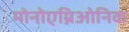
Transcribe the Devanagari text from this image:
मोनोएम्निओनिक